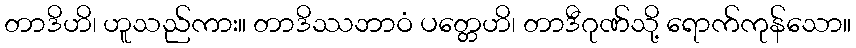
တာဒိဟိ၊ ဟူသည်ကား။ တာဒိဿဘာဝံ ပတ္တေဟိ၊ တာဒီဂုဏ်သို့ ရောက်ကုန်သော။